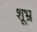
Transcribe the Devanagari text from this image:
शूभ्र